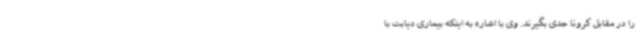
را در مقابل کرونا جدی بگیرند. وی با اشاره به اینکه بیماری دیابت با